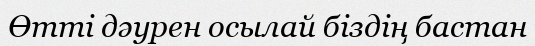
Өтті дәурен осылай біздің бастан